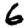
Digit: 6